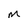
Character: M